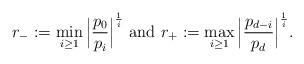
LaTeX: \begin{align*} r_-:= \min_{i\ge 1}\Big|\frac{p_0}{p_i}\Big|^{\frac{1}{i}}~{\rm and}~ r_+:=\max_{i\ge 1} \Big|\frac{p_{d-i}}{p_d}\Big|^{\frac{1}{i}}.\end{align*}